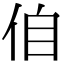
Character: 㑑